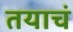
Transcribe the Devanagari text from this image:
तयाचं